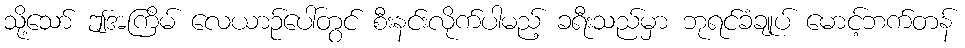
သို့သော် ဤအကြိမ် လေယာဉ်ပေါ်တွင် စီးနင်းလိုက်ပါမည့် ခရီးသည်မှာ ဘုရင်ခံချုပ် မောင့်ဘက်တန်